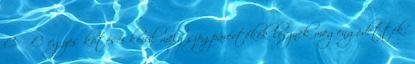
Cα -C egyes kötései körül mely szögpárértékek lesznek megengedettek.